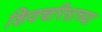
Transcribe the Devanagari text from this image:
शिवचरित्राच्या